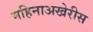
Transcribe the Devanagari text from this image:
महिनाअखेरीस